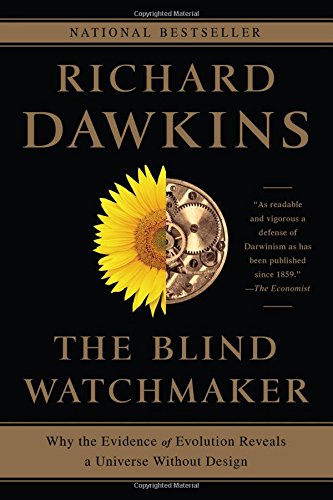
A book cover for The Blind Watchmaker: Why the Evidence of Evolution Reveals a Universe without Design; Richard Dawkins; Science & Math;